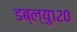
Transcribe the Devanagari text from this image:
डब्ल्यु१२०